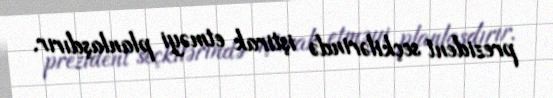
prezident seçkilərində iştirak etməyi planlaşdırır.